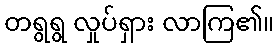
တရွရွ လှုပ်ရှား လာကြ၏။